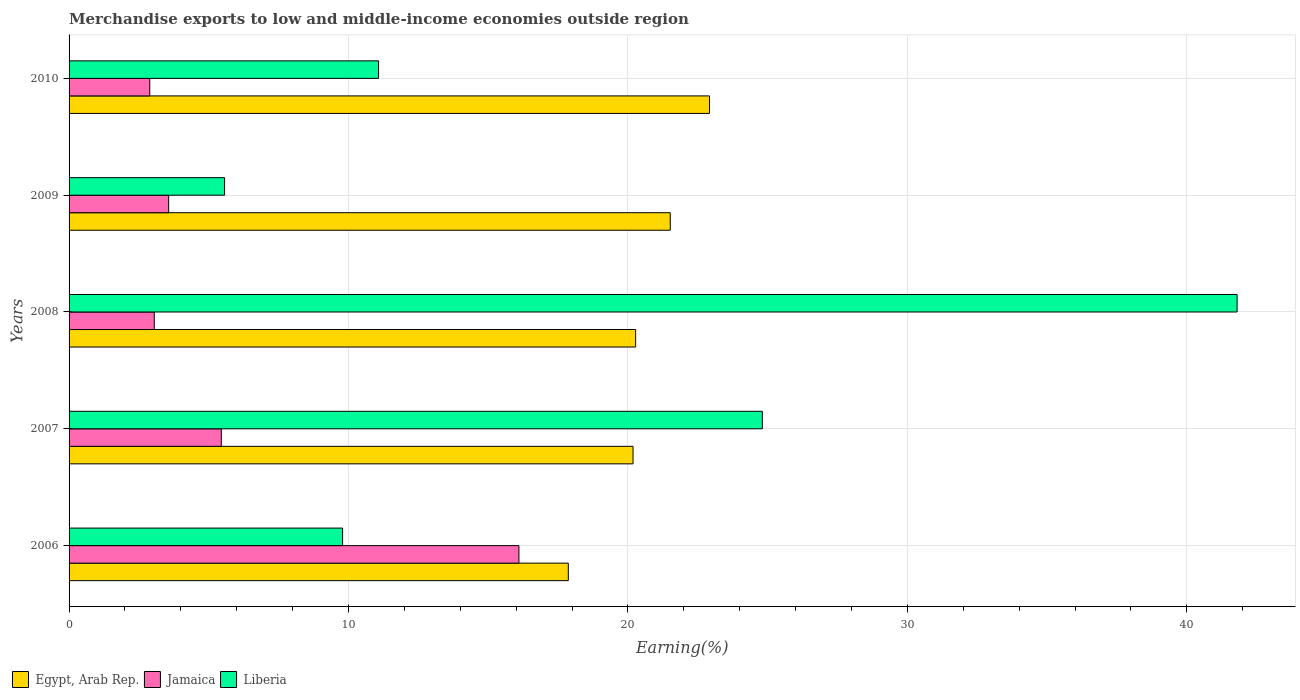
| Years | Egypt, Arab Rep. | Jamaica | Liberia |
 | --- | --- | --- | --- |
 | 2006 | 17.9 | 16.1 | 9.79 |
 | 2007 | 20.2 | 5.45 | 24.8 |
 | 2008 | 20.3 | 3.05 | 41.8 |
 | 2009 | 21.5 | 3.56 | 5.56 |
 | 2010 | 22.9 | 2.89 | 11.1 |